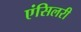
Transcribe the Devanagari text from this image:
एंसिलरी